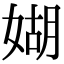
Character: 媩